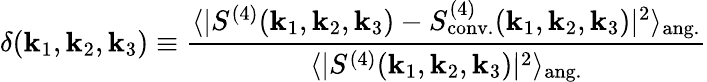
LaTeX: \delta(\mathbf{k}_{1},\mathbf{k}_{2},\mathbf{k}_{3})\equiv\frac{{\langle|S^{(4)}(\mathbf{{\mathbf{k}}}_{1},\mathbf{{\mathbf{k}}}_{2},\mathbf{{\mathbf{k}}}_{3})-S_{\mathrm{{conv.}}}^{(4)}(\mathbf{{\mathbf{k}}}_{1},\mathbf{{\mathbf{k}}}_{2},\mathbf{{\mathbf{k}}}_{3})|^{2}\rangle_{\mathrm{{ang.}}}}}{{\langle|S^{(4)}(\mathbf{{\mathbf{k}}}_{1},\mathbf{{\mathbf{k}}}_{2},\mathbf{{\mathbf{k}}}_{3})|^{2}\rangle_{\mathrm{{ang.}}}}}